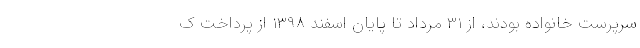
سرپرست خانواده بودند، از ۳۱ مرداد تا پایان اسفند ۱۳۹۸ از پرداخت ک